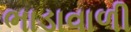
ભાડાવાળી